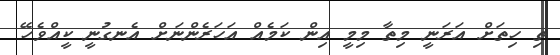
ތި ހިތަށް އަރަނީ މިތާ މިމީ އިން ކަމެއް އަހަރެންނަށް އެނގުނީ ކީއްވެހޭ